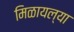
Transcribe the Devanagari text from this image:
मिळायल्या